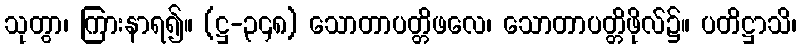
သုတွာ၊ ကြားနာရ၍။ (ဋ္ဌ-၃၄၈) သောတာပတ္တိဖလေ၊ သောတာပတ္တိဖိုလ်၌။ ပတိဋ္ဌာသိ၊